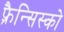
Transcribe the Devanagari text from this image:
फ़्रैन्सिस्को